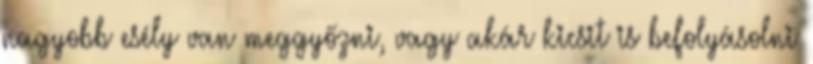
nagyobb esély van meggyőzni, vagy akár kicsit is befolyásolni